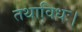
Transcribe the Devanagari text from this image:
तथाविधः।